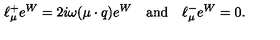
\ell _ { \mu } ^ { + } e ^ { W } = 2 i \omega ( \mu \cdot q ) e ^ { W } \quad \mathrm { a n d } \quad \ell _ { \mu } ^ { - } e ^ { W } = 0 .